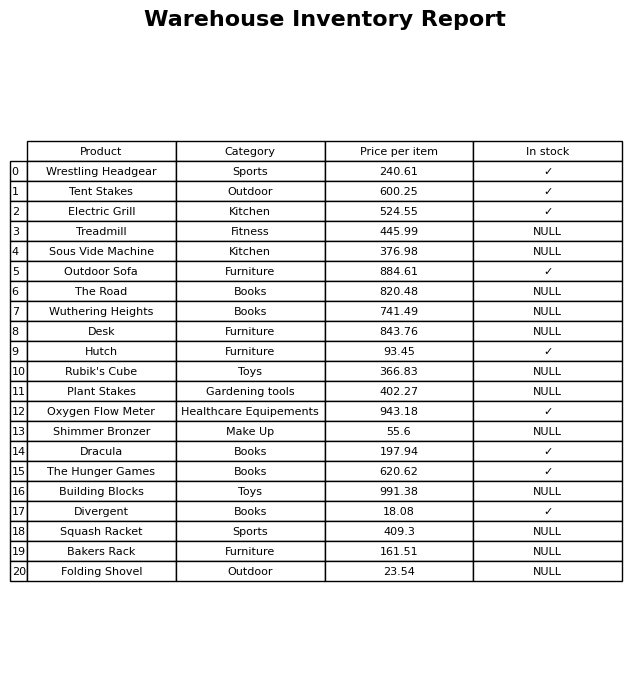
question: Is the Folding Shovel in stock?
answer: NULL